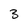
Character: 3